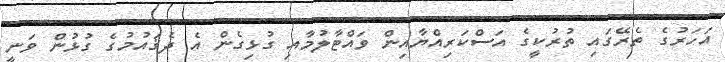
އަހަރުގެ ތެރޭގައި ތުރުކީގެ އަސްކަރިއްޔާއިން ވައްޓާލުމާއި ގުޅިގެން އެ ދެޤައުމުގެ ގުޅުން ވަނީ